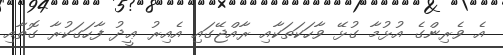
އެ ވެރިންގެ އުޅުމާ ގުޅޭ ވާހަކަތަކާއި ރާއްޖޭގައި އެއިރު ޢީދު ފާހަގަކުރާ ގޮތާއި